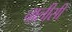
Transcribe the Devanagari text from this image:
चालीसी